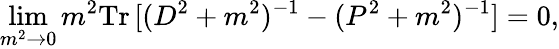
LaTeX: \operatorname*{lim}_{m^{2}\to 0}m^{2}\mathrm{Tr}\, [(D^{2}+m^{2})^{-1}-(P^{2}+m^{2})^{-1}]=0,